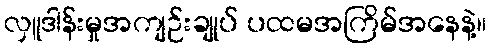
လှူဒါန်းမှုအကျဉ်းချုပ် ပထမအကြိမ်အနေနဲ့။